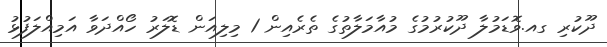
ދޫކުރި ގއ.ވޮޑަމުލާ ދޫކުރުމުގެ މުއާމަލާތުގެ ތެރެއިން 1 މިލިއަން ޑޮލަރު ހޯއްދަވާ އަމިއްލަފުޅު